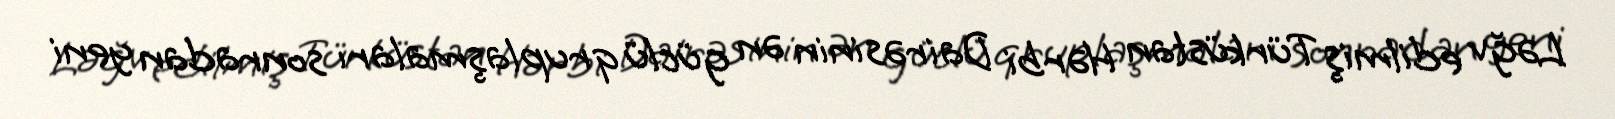
Ləğv edilmiş Türküstan Hərbi Dairəsinin ən güclü qruplaşmaları sonradan yeni